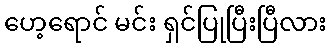
ဟေ့ရောင် မင်း ရှင်ပြုပြီးပြီလား